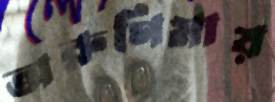
অরুণিমায়